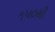
૧૫૦મી